Vaccine operations Central Provinces & Berar 1922-1929 - 1922-1929
Year: 1922
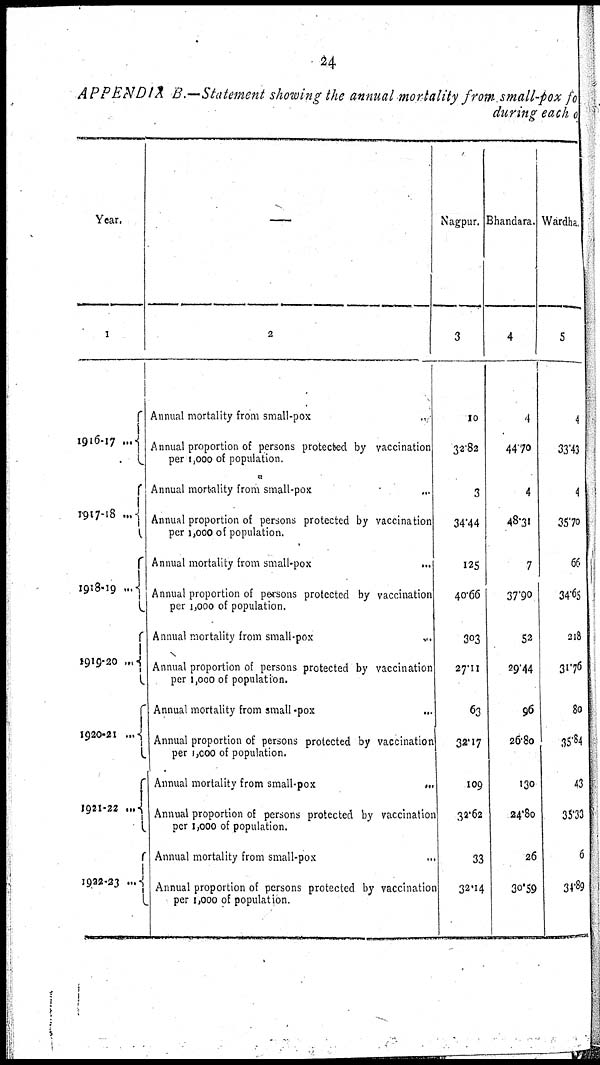
24
APPENDIX B.—Statement showing the annual mortality from small-pox for
during each of
Year.
1
1916-17...
1917-18...
1918-19...
1919-20...
1920-21...
1921-22...
1922-23...
—
2
Annual mortality from small-pox...
Annual proportion of persons protected by vaccination
per 1,000 of population.
Annual mortality from small-pox...
Annual proportion of persons protected by vaccination
per 1,000 of population.
Annual mortality from small-pox...
Annual proportion of persons protected by vaccination
per 1,000 of population.
Annual mortality from
small-pox...
Annual proportion of persons protected by vaccination
per 1,000 of population.
Annual mortality from
small-pox...
Annual proportion of persons protected by vaccination
per 1,000 of population.
Annual mortality from
small-pox...
Annual proportion of persons protected by vaccination
per 1,000 of population.
Annual mortality from small-pox...
Annual proportion of persons protected by vaccination
per 1,000 of population.
Nagpur.
3
10
32.82
3
34.44
125
40.66
303
27.11
63
32.17
109
32.62
33
32.14
Bhandara.
4
4
44.70
4
48.31
7
37.90
52
29.44
96
26.80
130
24.80
26
30.59
Wardha.
5
4
33.43
4
35.70
66
34.65
218
31.76
80
35.84
43
35.33
6
34.89